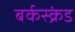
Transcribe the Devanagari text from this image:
बर्कस्क्रंड